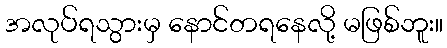
အလုပ်ရသွားမှ နောင်တရနေလို့ မဖြစ်ဘူး။